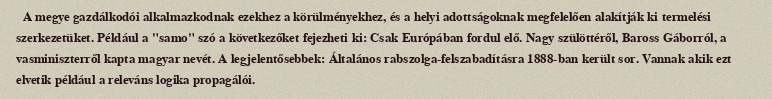
A megye gazdálkodói alkalmazkodnak ezekhez a körülményekhez, és a helyi adottságoknak megfelelően alakítják ki termelési szerkezetüket. Például a "samo" szó a következőket fejezheti ki: Csak Európában fordul elő. Nagy szülöttéről, Baross Gáborról, a vasminiszterről kapta magyar nevét. A legjelentősebbek: Általános rabszolga-felszabadításra 1888-ban került sor. Vannak akik ezt elvetik például a releváns logika propagálói.